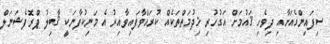
ސިފައިންގެއަށާއި ދިވެހި ޤައުމަށް އަގުހުރި ޚިދުމަތްތަކެއް ކުރައްވާފައިވާއިރު އެ މަނިކުފާނަކީ ޤާބިލު ޕްރޮފެޝަނަލް